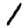
Digit: 1